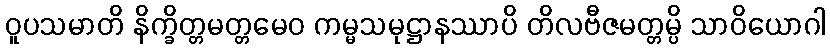
ဝူပသမာတိ နိက္ခိတ္တမတ္တမေဝ ကမ္မသမုဋ္ဌာနဿာပိ တိလဗီဇမတ္တမ္ပိ သာဝိယောဂါ